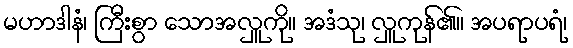
မဟာဒါနံ၊ ကြီးစွာ သောအလှူကို။ အဒံသု၊ လှူကုန်၏။ အပရာပရံ၊